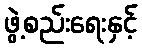
ဖွဲ့စည်းရေးနှင့်